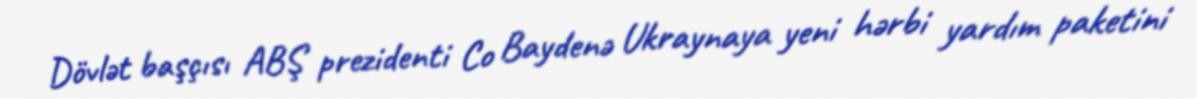
Dövlət başçısı ABŞ prezidenti Co Baydenə Ukraynaya yeni hərbi yardım paketini